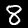
Label: 8